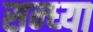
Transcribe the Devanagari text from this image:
सन्‍ध्‍या